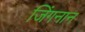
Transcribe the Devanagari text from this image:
जिंगनान